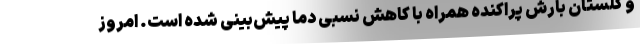
و گلستان بارش پراکنده همراه با کاهش نسبی دما پیش‌بینی شده است. امروز